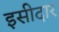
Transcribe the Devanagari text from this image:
इसीदार